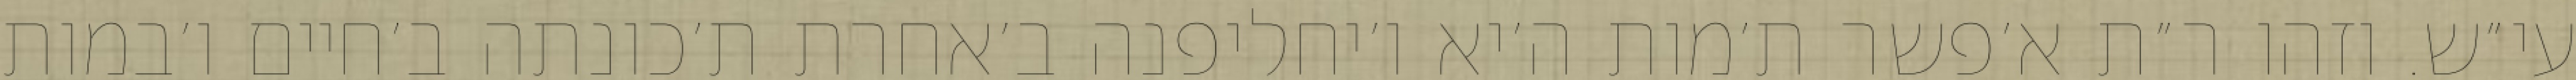
עי״ש. וזהו ר״ת א׳פשר ת׳מות ה׳יא ו׳יחליפנה ב׳אחרת ת׳כונתה ב׳חיים ו׳במות